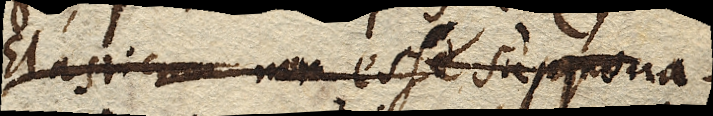
Elasticum non esse suppona